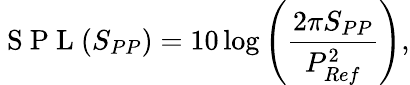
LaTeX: \mathrm{~S~P~L~}(S_{PP})=10\log\left(\frac{2\pi S_{PP}}{P_{Ref}^{2}}\right),